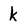
Character: k